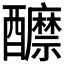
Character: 𨣽